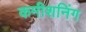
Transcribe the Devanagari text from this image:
कमीशनिंग